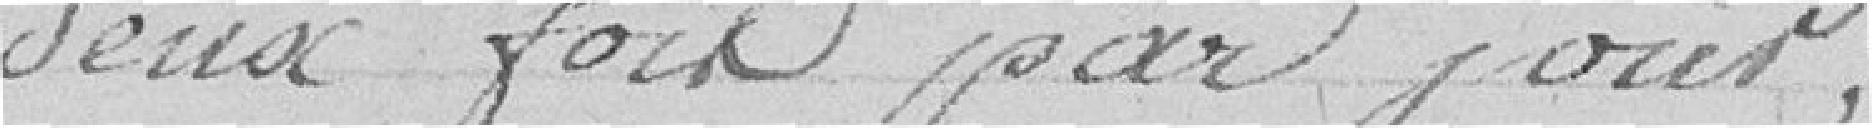
deux fois par jour ;